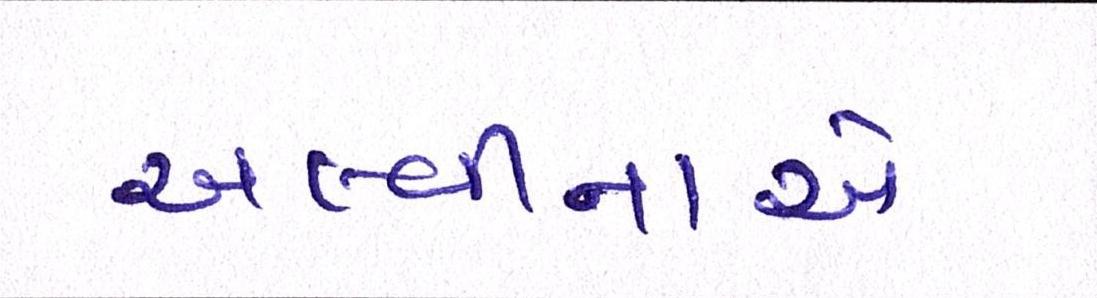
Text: અલ્વીનાએ